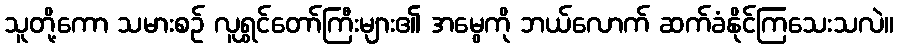
သူတို့ကော သမားစဉ် လူရွှင်တော်ကြီးများ၏ အမွေကို ဘယ်လောက် ဆက်ခံနိုင်ကြသေးသလဲ။